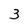
Character: 3